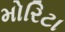
મોરિટા